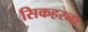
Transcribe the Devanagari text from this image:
सिकहरना